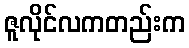
ဇူလိုင်လကတည်းက